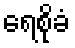
ရေစိုခံ